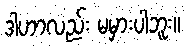
ဒါဟာလည်း မမှားပါဘူး။